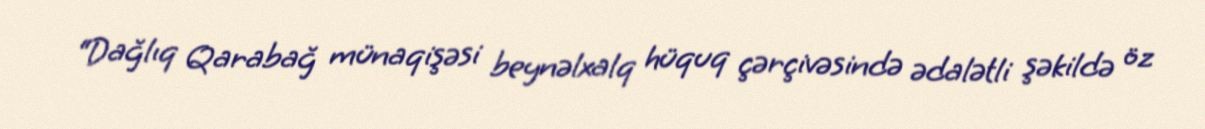
“Dağlıq Qarabağ münaqişəsi beynəlxalq hüquq çərçivəsində ədalətli şəkildə öz